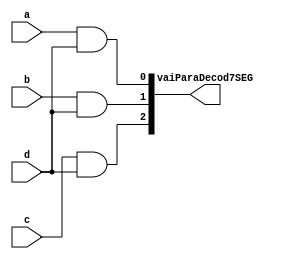
module vai_para_decod_mostrador0(
	input a,b,c,d,
	output wire [2:0] vaiParaDecod7SEG
);
//saida 1
and and0(vaiParaDecod7SEG[0],a,d);
//saida 2
and and1(vaiParaDecod7SEG[1],b,d);
//saida 3
and and2(vaiParaDecod7SEG[2],c,d);
endmodule 
//Passa o perfil da interface 1 ou 000